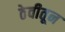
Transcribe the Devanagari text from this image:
ठेवीतून